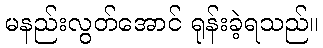
မနည်းလွတ်အောင် ရုန်းခဲ့ရသည်။